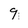
Character: 9